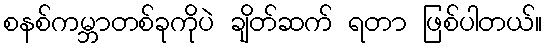
စနစ်ကမ္ဘာတစ်ခုကိုပဲ ချိတ်ဆက် ရတာ ဖြစ်ပါတယ်။